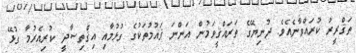
ތަޤްރީރު ކުރައްވާނެއެވެ. ދުނިޔޭގެ ތަރައްޤީވަމުން އަންނަ ޤައުމުތަކުގެ ގުޅުމާއި އިޤްތިޞާދީ ކުރިއެރުމާ ގުޅޭ